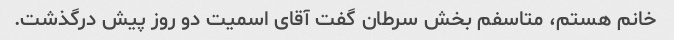
خانم هستم، متاسفم بخش سرطان گفت آقای اسمیت دو روز پیش درگذشت.